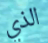
الذي